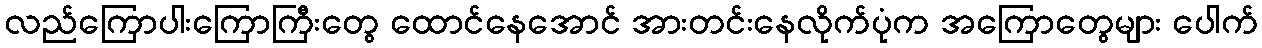
လည်ကြောပါးကြောကြီးတွေ ထောင်နေအောင် အားတင်းနေလိုက်ပုံက အကြောတွေများ ပေါက်